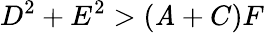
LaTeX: D^{2}+E^{2}>(\mathit{A}+C)F